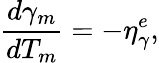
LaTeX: \frac{d\gamma_{m}}{dT_{m}}=-\eta_{\gamma}^{e},